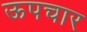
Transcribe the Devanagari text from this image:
ऊपचार